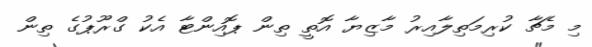
މި މެޗާ ކުރިމަތިލާއިރު މާޒިޔާ އޮތީ ތިން ޕޮއިންޓާ އެކު ގްރޫޕުގެ ތިން